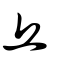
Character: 丘